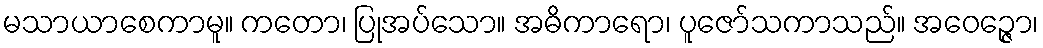
မသာယာစေကာမူ။ ကတော၊ ပြုအပ်သော။ အဓိကာရော၊ ပူဇော်သကာသည်။ အဝေဉ္ဇော၊